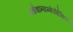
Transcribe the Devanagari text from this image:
तथैवान्यन्मेरोर्दक्षिणतो